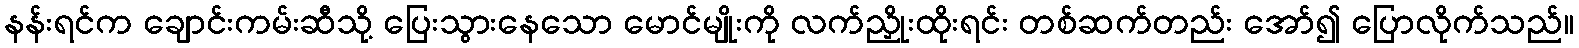
နန်းရင်က ချောင်းကမ်းဆီသို့ ပြေးသွားနေသော မောင်မျိုးကို လက်ညှိုးထိုးရင်း တစ်ဆက်တည်း အော်၍ ပြောလိုက်သည်။